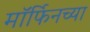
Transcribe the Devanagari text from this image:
मॉर्फिनच्या